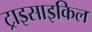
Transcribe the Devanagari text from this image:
ट्राइसाइकिल